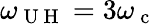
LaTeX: \omega_{\mathrm{~U~H~}}=3\omega_{\mathrm{~c~}}